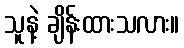
သူနဲ့ ချိန်းထားသလား။